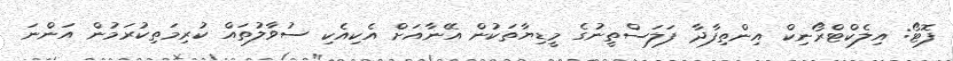
ފޮޓޯ: އިލެކްޓްރޯނިކް އިންތިފާދާ ފަލަސްތީނުގެ މީޑިޔާތަކުން އޭނާއަށް އެކިއެކި ސުވާލުތައް ކުރިމަތިކުރަމުން އަންނަަ